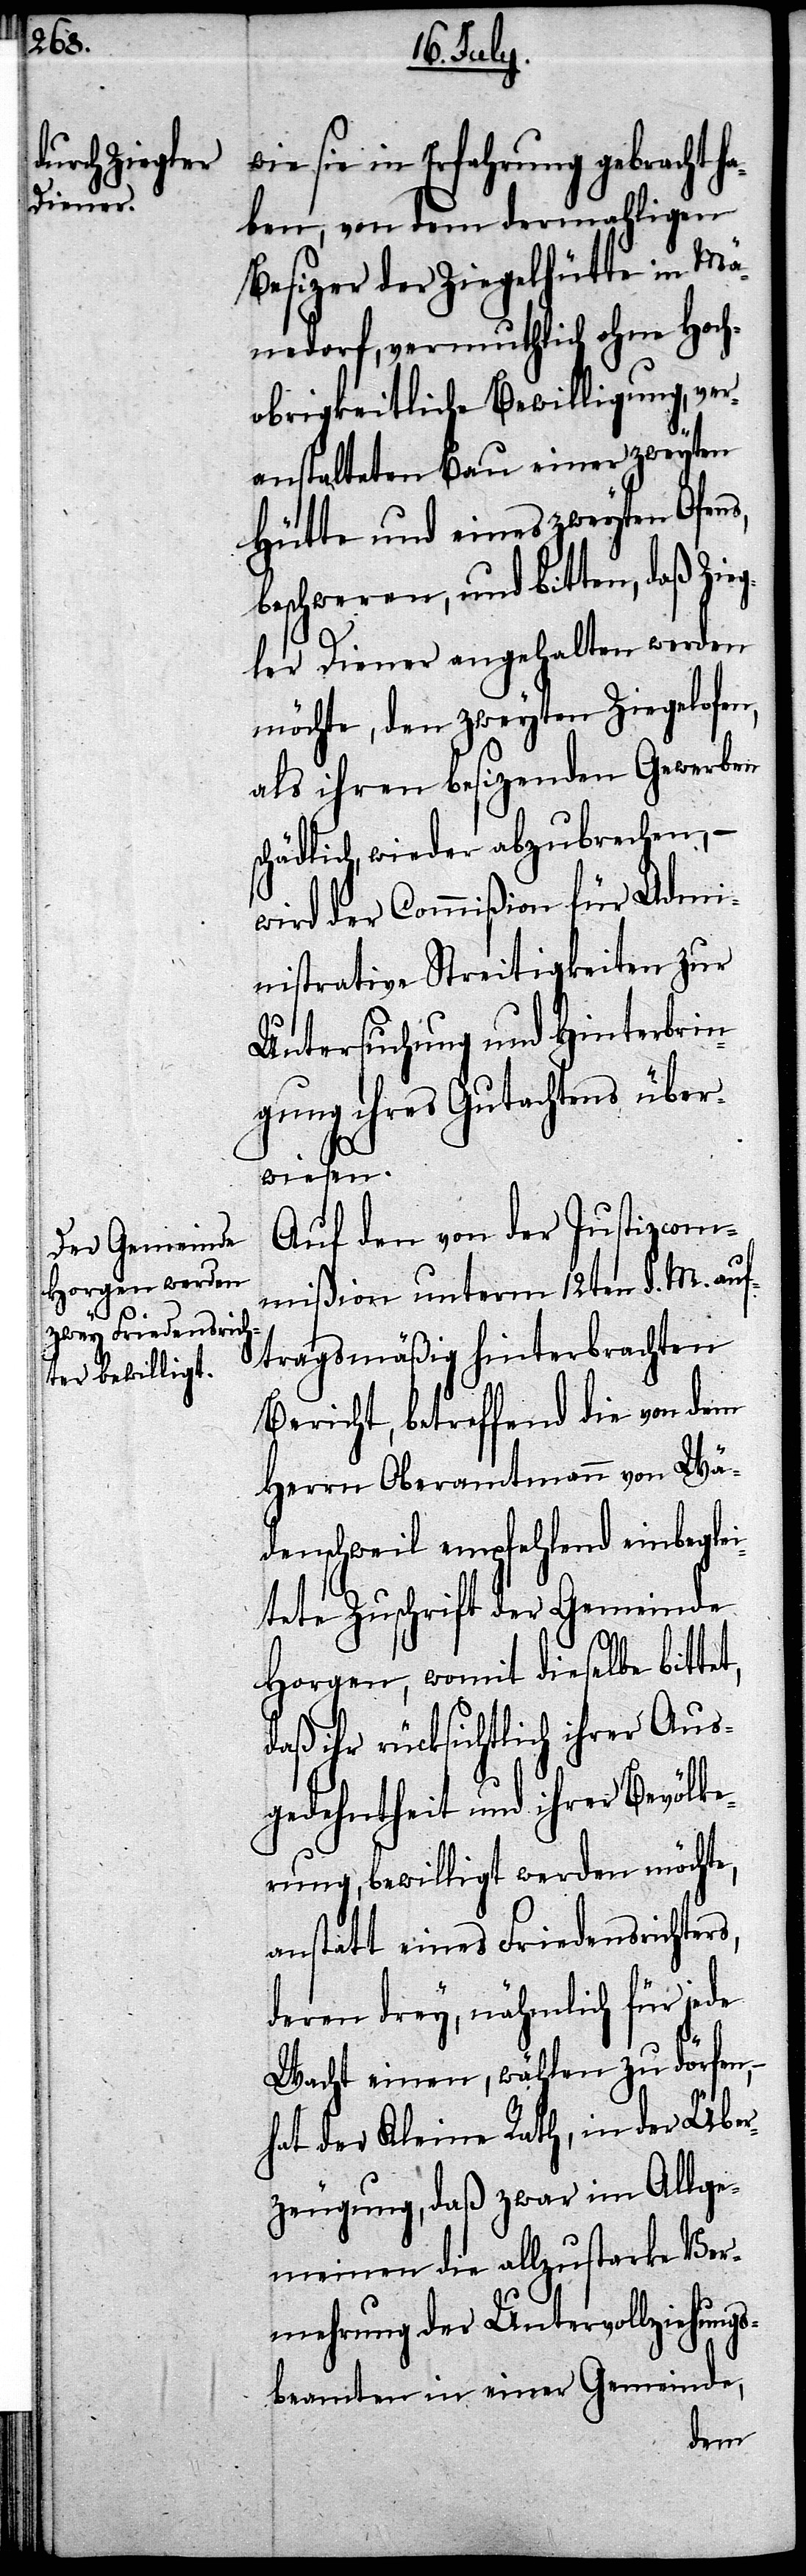
sc¬

sie in Erfahrung gebracht
haben, von dem dermahligen
Besizer der Ziegelhütte in Män¬
nedorf, vermutlich ohne Hoch¬
obrigkeitliche Bewilligung, ver¬
anstalteten Bau einer zweyten
Hütte und eines zweyten Ofens,
beschweren, und bitten, daß Zieg¬
ler Diener angehalten werden
möchte, den zweyten Ziegelofen,
als ihren besizenden Gewerbern
hädlich, wieder abzubrechen, –
wird der Commißion für Admi¬
nistrative Streitigkeiten zur
Unterstützung und Hinterbrin¬
gung ihres Gutachtens über¬
wiesen.
Auf den von der Justizcom¬
mißion unterm 12ten d. M. auf¬
tragsgemäßig hinterbrachten
Bericht, betreffend die von dem
Herrn Oberamtmann von Wä¬
denschweil empfehlend einbeglei¬
tete Zuschrift der Gemeinde
Horgen, womit dieselbe bittet,
daß ihr rücksichtlich ihrer Aus¬
gedehntheit und ihrer Bevölke¬
rung, bewilligt werden möchte,
anstatt eines Friedensrichters,
deren drey, nähmlich für jede
Wacht einen, wählen zu dörfen,
hat der Kleine Rath, in der Über¬
zeugung, daß zwar im Allge¬
meinen die allzustarke Ver¬
mehrung der Untervollziehungs¬
beamten einer Gemeinde,